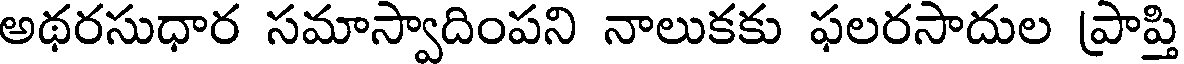
అథరసుధార సమాస్వాదింపని నాలుకకు ఫలరసాదుల ప్రాప్తి